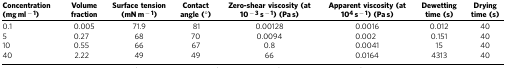
| Concentration (mg ml−1) | Volume fraction | Surface tension (mN m−1) | Contact angle (°) | Zero-shear viscosity (at 10−3 s−1) (Pa s) | Apparent viscosity (at104 s−1) (Pa s) | Dewetting time (s) | Drying time (s) |
 | --- | --- | --- | --- | --- | --- | --- | --- |
 | 0.1 | 0.005 | 71.9 | 81 | 0.00128 | 0.0016 | 0.012 | 40 |
 | 5 | 0.27 | 68 | 70 | 0.0094 | 0.002 | 0.151 | 40 |
 | 10 | 0.55 | 66 | 67 | 0.8 | 0.0041 | 15 | 40 |
 | 40 | 2.22 | 49 | 49 | 66 | 0.0164 | 4313 | 40 |